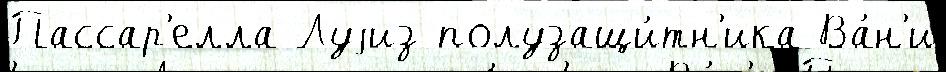
Пассар'елла Луjиз полузащи́тн'ика Ва́н'и